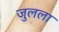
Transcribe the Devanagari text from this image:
जुलला